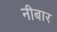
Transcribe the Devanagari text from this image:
नीबार